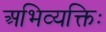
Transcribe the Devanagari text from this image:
अभिव्यक्तिः